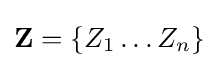
\mathbf {Z} =\{Z_{1}\dots Z_{n}\}